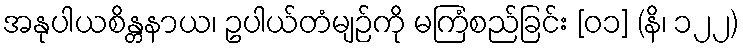
အနုပါယစိန္တနာယ၊ ဥပါယ်တံမျဉ်ကို မကြံစည်ခြင်း [၀၁] (နိ၊ ၁၂၂)